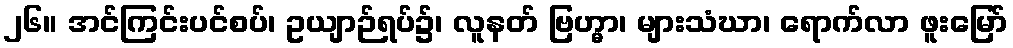
၂၆။ အင်ကြင်းပင်စပ်၊ ဥယျာဉ်ရပ်၌၊ လူနတ် ဗြဟ္မာ၊ များသံဃာ၊ ရောက်လာ ဖူးမြော်